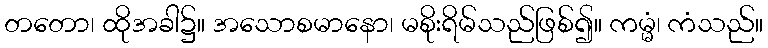
တတော၊ ထိုအခါ၌။ အသောစမာနော၊ မစိုးရိမ်သည်ဖြစ်၍။ ကမ္မံ၊ ကံသည်။